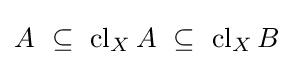
A~\subseteq ~\operatorname {cl} _{X}A~\subseteq ~\operatorname {cl} _{X}B